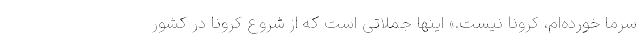
سرما خورده‌ام، کرونا نیست.» اینها جملاتی است که از شروع کرونا در کشور